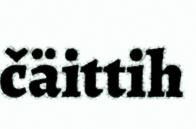
čäittih